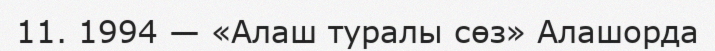
11. 1994 — «Алаш туралы сөз» Алашорда